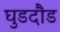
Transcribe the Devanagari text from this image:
घुडदौड